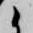
候